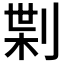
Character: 𠝝